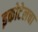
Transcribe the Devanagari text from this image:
इकोटेलचा